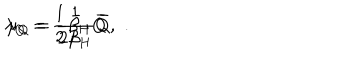
\lambda _ { Q } = { \frac { 1 } { 2 } } \beta _ { H } \bar { Q } \, , \hspace { 0 . 5 c m } \mu _ { Q } = { \frac { 1 } { 2 \beta _ { H } } } \bar { Q } .